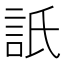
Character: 𧦄